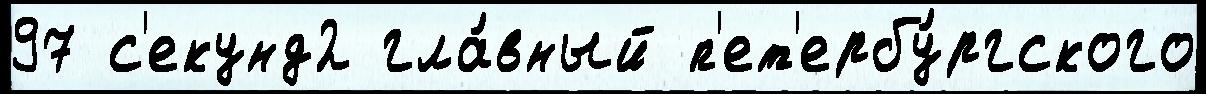
97 с'екунд2 гла́вный п'ет'ербу́ргского